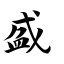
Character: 盛